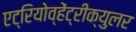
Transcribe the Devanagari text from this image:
एट्रियोव्हेंट्रीक्युलर